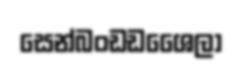
සෙන්බංඩඩශෛලා